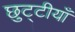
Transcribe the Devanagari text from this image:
छुट्टीयाँ